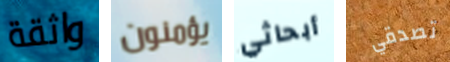
واثقة يؤمنون أبحاثي تصدقي